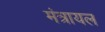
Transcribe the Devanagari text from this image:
मंत्रायल